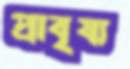
প্রাবৃষ্য